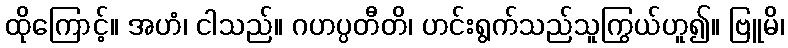
ထိုကြောင့်။ အဟံ၊ ငါသည်။ ဂဟပ္ပတီတိ၊ ဟင်းရွက်သည်သူကြွယ်ဟူ၍။ ဗြူမိ၊